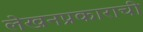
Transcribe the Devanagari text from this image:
लेखनप्रकाराची